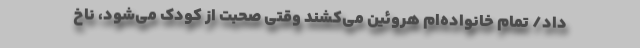
داد/ تمام خانواده‌ام هروئین می‌کشند وقتی صحبت از کودک می‌شود، ناخ